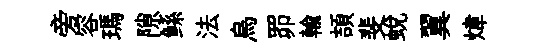
旁容瑪隙鲧法烏𦊑輸頡斐蜕翼煒